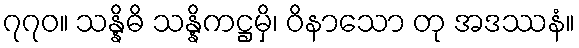
၇၇၀။ သန္နိဓိ သန္နိကဋ္ဌမှိ၊ ဝိနာသော တု အဒဿနံ။